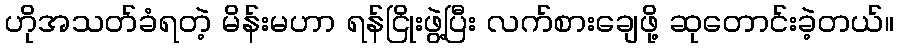
ဟိုအသတ်ခံရတဲ့ မိန်းမဟာ ရန်ငြိုးဖွဲ့ပြီး လက်စားချေဖို့ ဆုတောင်းခဲ့တယ်။